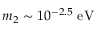
m _ { 2 } \sim 1 0 ^ { - 2 . 5 } \; \mathrm { e V }